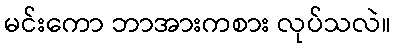
မင်းကော ဘာအားကစား လုပ်သလဲ။